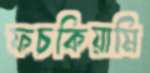
ফচকিয়ামি